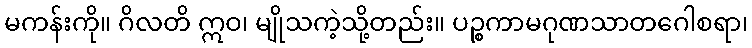
မကန်းကို။ ဂိလတိ ဣဝ၊ မျိုသကဲ့သို့တည်း။ ပဉ္စကာမဂုဏသာတဂေါစရာ၊